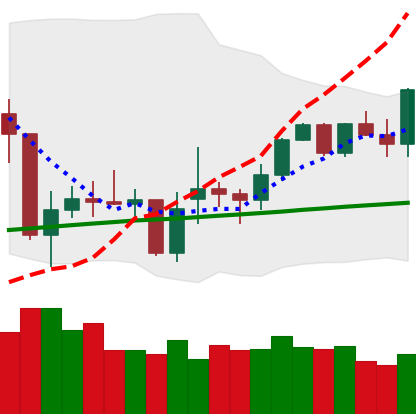
Ticker: XMR-USD
Chart end date: 2021-02-08
Forward return: 47.813%
Label: up_7plus